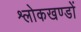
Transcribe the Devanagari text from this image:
श्लोकखण्डों